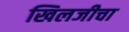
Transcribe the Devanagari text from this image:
खिलजीचा